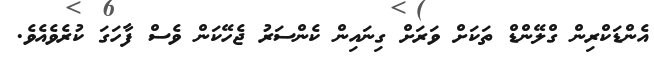
އެންޑަކްރިން ގްލޭންޑް ތަކަށް ވަރަށް ގިނައިން ކެންސަރު ޖެހޭކަން ވެސް ފާހަގަ ކުރެވެއެވެ.